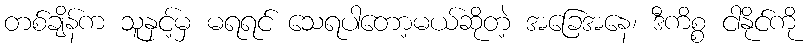
တစ်ချိန်က သူနှင့်မှ မရရင် သေရပါတော့မယ်ဆိုတဲ့ အခြေအနေ၊ ဒီကိစ္စ ငါနိုင်ကို